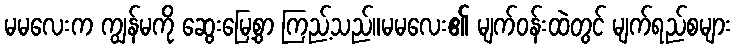
မမလေးက ကျွန်မကို ဆွေးမြေ့စွာ ကြည့်သည်။မမလေး၏ မျက်ဝန်းထဲတွင် မျက်ရည်စများ